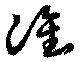
准